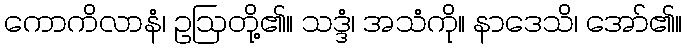
ကောကိလာနံ၊ ဥဩတို့၏။ သဒ္ဒံ၊ အသံကို။ နာဒေသိ၊ အော်၏။